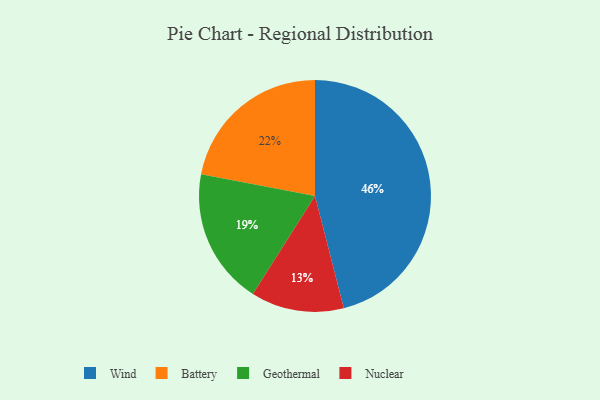
{"axis": {"x": "Category", "y": "Percentage"}, "legend": ["Battery", "Geothermal", "Nuclear", "Wind"], "data": [{"x": "Geothermal", "y": 19, "type": "Geothermal"}, {"x": "Nuclear", "y": 13, "type": "Nuclear"}, {"x": "Battery", "y": 22, "type": "Battery"}, {"x": "Wind", "y": 46, "type": "Wind"}]}